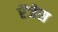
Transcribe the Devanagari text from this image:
रेंजेस